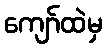
ကျော်ထဲမှ